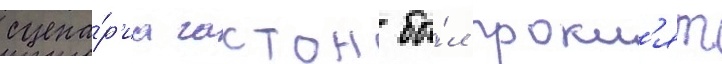
сцена́р'иа гастон бы́л прокл'ят